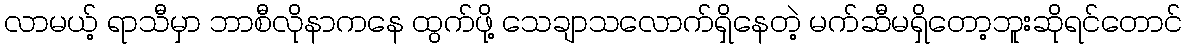
လာမယ့် ရာသီမှာ ဘာစီလိုနာကနေ ထွက်ဖို့ သေချာသလောက်ရှိနေတဲ့ မက်ဆီမရှိတော့ဘူးဆိုရင်တောင်